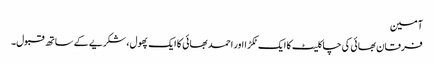
آمین
فرقان بھائی کی چاکلیٹ کا ایک ٹکڑا اور احمد بھائی کا ایک پھول، شکریے کے ساتھ قبول۔